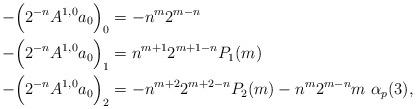
LaTeX: \begin{align*}-\Big(2^{-n}A^{1,0}a_0\Big)_0 &= -n^m 2^{m-n} \\-\Big(2^{-n}A^{1,0}a_0\Big)_1 &= n^{m+1} 2^{m+1-n} P_1(m)\\-\Big(2^{-n}A^{1,0}a_0\Big)_2 &= -n^{m+2} 2^{m+2-n}P_2(m) - n^m 2^{m-n} m \ \alpha_p (3), \end{align*}